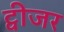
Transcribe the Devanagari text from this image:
ट्वीजर